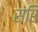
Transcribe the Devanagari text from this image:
सरि